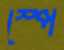
স্পে